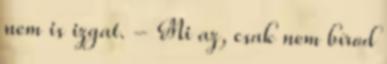
nem is izgat. - Mi az, csak nem bírod